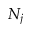
N _ { j }